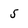
Character: 5